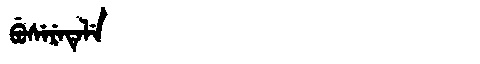
Manchu: ᠪᡠᠰᡝᡵᡝᡨᡝᠯᡝ
Romanization: BUSERETELE